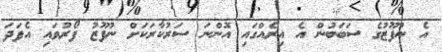
އެ ނުފޫޒުގެ ސަބަބުން އެ އިރެއްގައި އޮންނަ ސަރުކާރަކަށް ނުފޫޒު ފޯރުވައި އެފަދަ